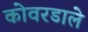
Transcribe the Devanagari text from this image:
कोवरडाले